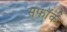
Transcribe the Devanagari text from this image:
सफॉक